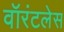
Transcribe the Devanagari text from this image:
वॉरंटलेस